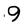
Character: 9